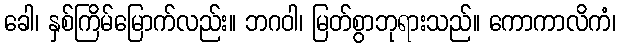
ခေါ၊ နှစ်ကြိမ်မြောက်လည်း။ ဘဂဝါ၊ မြတ်စွာဘုရားသည်။ ကောကာလိကံ၊